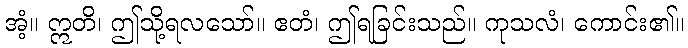
အံ့။ ဣတိ၊ ဤသို့ရလသော်။ ဧတံ၊ ဤရခြင်းသည်။ ကုသလံ၊ ကောင်း၏။